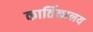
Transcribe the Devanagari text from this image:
कार्तिकालय